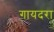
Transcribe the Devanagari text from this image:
गायदरा